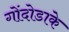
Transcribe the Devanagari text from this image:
गोंदोडाके